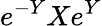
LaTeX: e^{-Y}Xe^{Y}